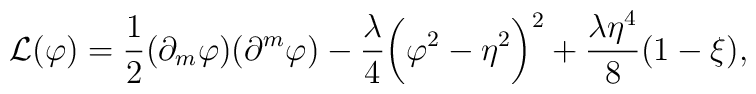
{\cal L}(\varphi) = \frac{1}{2} (\partial_m \varphi) (\partial^m \varphi)  - \frac{\lambda}{4} \biggl( \varphi^2 - \eta^2 \biggr)^2 + \frac{\lambda \eta^4}{8} ( 1 - \xi ),